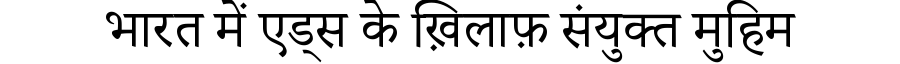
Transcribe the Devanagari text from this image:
भारत में एड्स के ख़िलाफ़ संयुक्त मुहिम